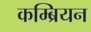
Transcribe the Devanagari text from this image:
कम्ब्रियन